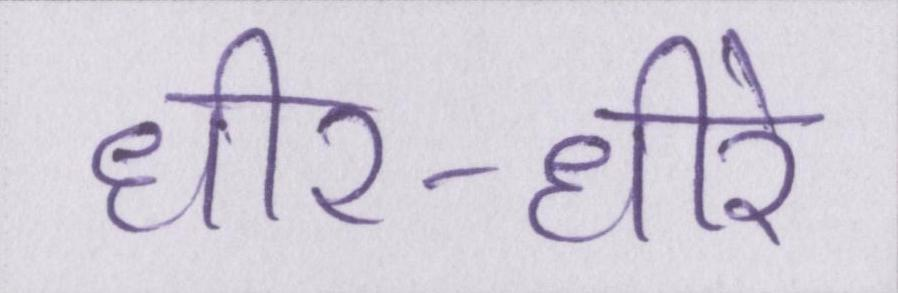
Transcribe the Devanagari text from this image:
धीर-धीरे